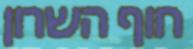
חוף השרון